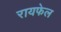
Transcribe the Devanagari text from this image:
रायफेल